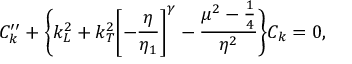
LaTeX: { \cal C } _ { k } ^ { \prime \prime } + \biggl \{ k _ { L } ^ { 2 } + k _ { T } ^ { 2 } \biggl [ - \frac { \eta } { \eta _ { 1 } } \biggr ] ^ { \gamma } - \frac { \mu ^ { 2 } - \frac { 1 } { 4 } } { \eta ^ { 2 } } \biggr \} { \cal C } _ { k } = 0 ,